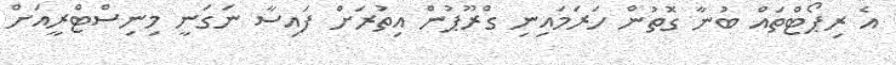
އެ ރިޕޯޓްތައް ބުނާ ގޮތުން ހަރަމައިނި ގްރޫޕުން އިތުރަށް ފައިސާ ނަގަނީ މިނިސްޓްރީއަށް